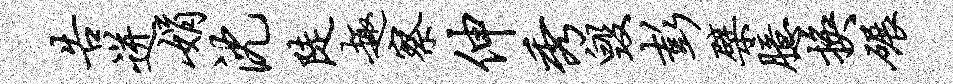
告迸娟沈陡趣察伸秀毁彭檗臆换碾